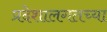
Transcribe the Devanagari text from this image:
प्रदेशालगतच्या